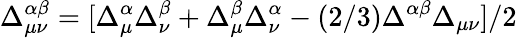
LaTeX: \Delta_{\mu\nu}^{\alpha\beta}=[\Delta_{\mu}^{\alpha}\Delta_{\nu}^{\beta}+\Delta_{\mu}^{\beta}\Delta_{\nu}^{\alpha}-(2/3)\Delta^{\alpha\beta}\Delta_{\mu\nu}]/2